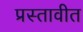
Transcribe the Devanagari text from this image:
प्रस्तावीत